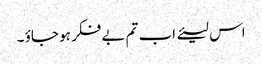
اس لیئے اب تم بے فکر ہو جاؤ ۔